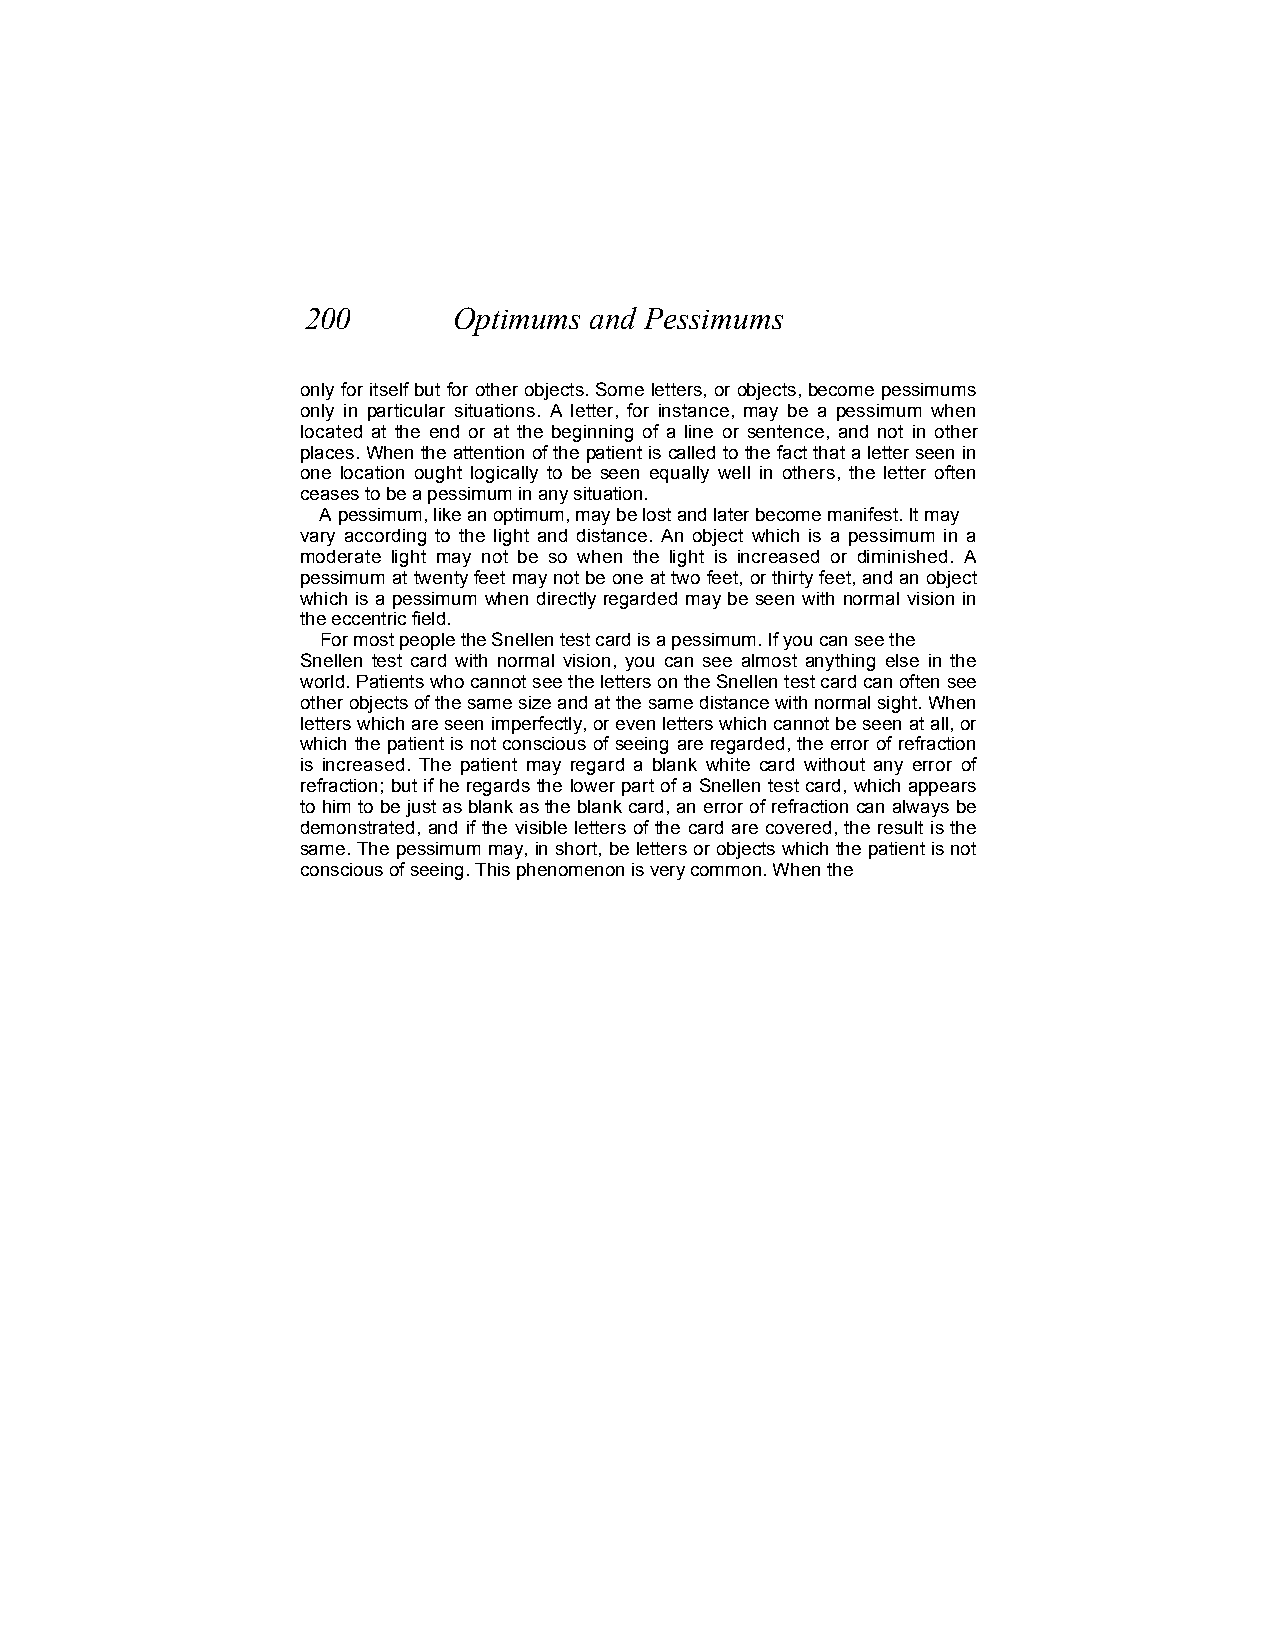
200       Optimums and Pessimums
 only for itself but for other objects. Some letters, or objects, become pessimums
 only in particular situations. A letter, for instance, may be a pessimum when
 located at the end or at the beginning of a line or sentence, and not in other
 places. When the attention of the patient is called to the fact that a letter seen in
 one location ought logically to be seen equally well in others, the letter often
 ceases to be a pessimum in any situation.
 A pessimum, like an optimum, may be lost and later become manifest. It may
 vary according to the light and distance. An object which is a pessimum in a
 moderate light may not be so when the light is increased or diminished. A
 pessimum at twenty feet may not be one at two feet, or thirty feet, and an object
 which is a pessimum when directly regarded may be seen with normal vision in
 the eccentric field.
 For most people the Snellen test card is a pessimum. If you can see the
 Snellen test card with normal vision, you can see almost anything else in the
 world. Patients who cannot see the letters on the Snellen test card can often see
 other objects of the same size and at the same distance with normal sight. When
 letters which are seen imperfectly, or even letters which cannot be seen at all, or
 which the patient is not conscious of seeing are regarded, the error of refraction
 is increased. The patient may regard a blank white card without any error of
 refraction; but if he regards the lower part of a Snellen test card, which appears
 to him to be just as blank as the blank card, an error of refraction can always be
 demonstrated, and if the visible letters of the card are covered, the result is the
 same. The pessimum may, in short, be letters or objects which the patient is not
 conscious of seeing. This phenomenon is very common. When the